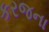
કરજના